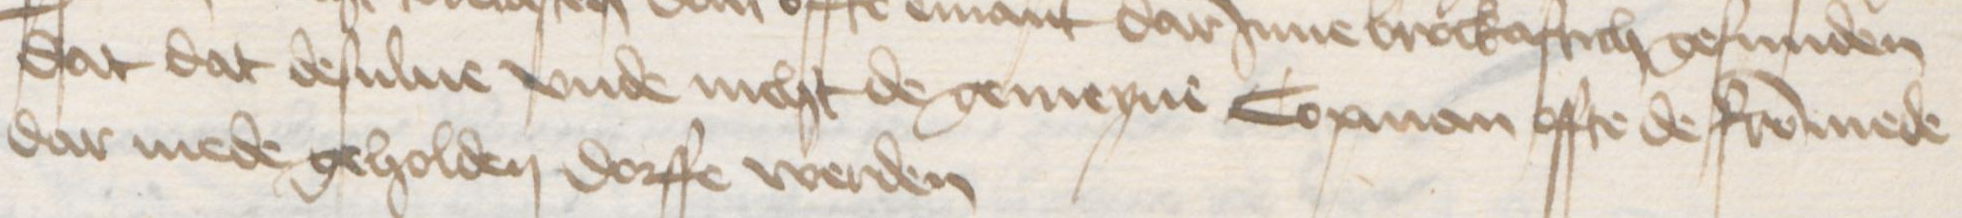
dat dat desulue vnde nicht de gemeyne Copman offte de frommede